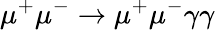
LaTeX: \mu^{+}\mu^{-}\to\mu^{+}\mu^{-}\gamma\gamma